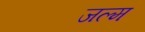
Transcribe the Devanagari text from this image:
जल्म